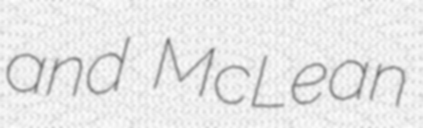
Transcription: and McLean